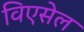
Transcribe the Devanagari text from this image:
विएसेल